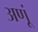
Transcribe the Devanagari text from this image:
अणूं